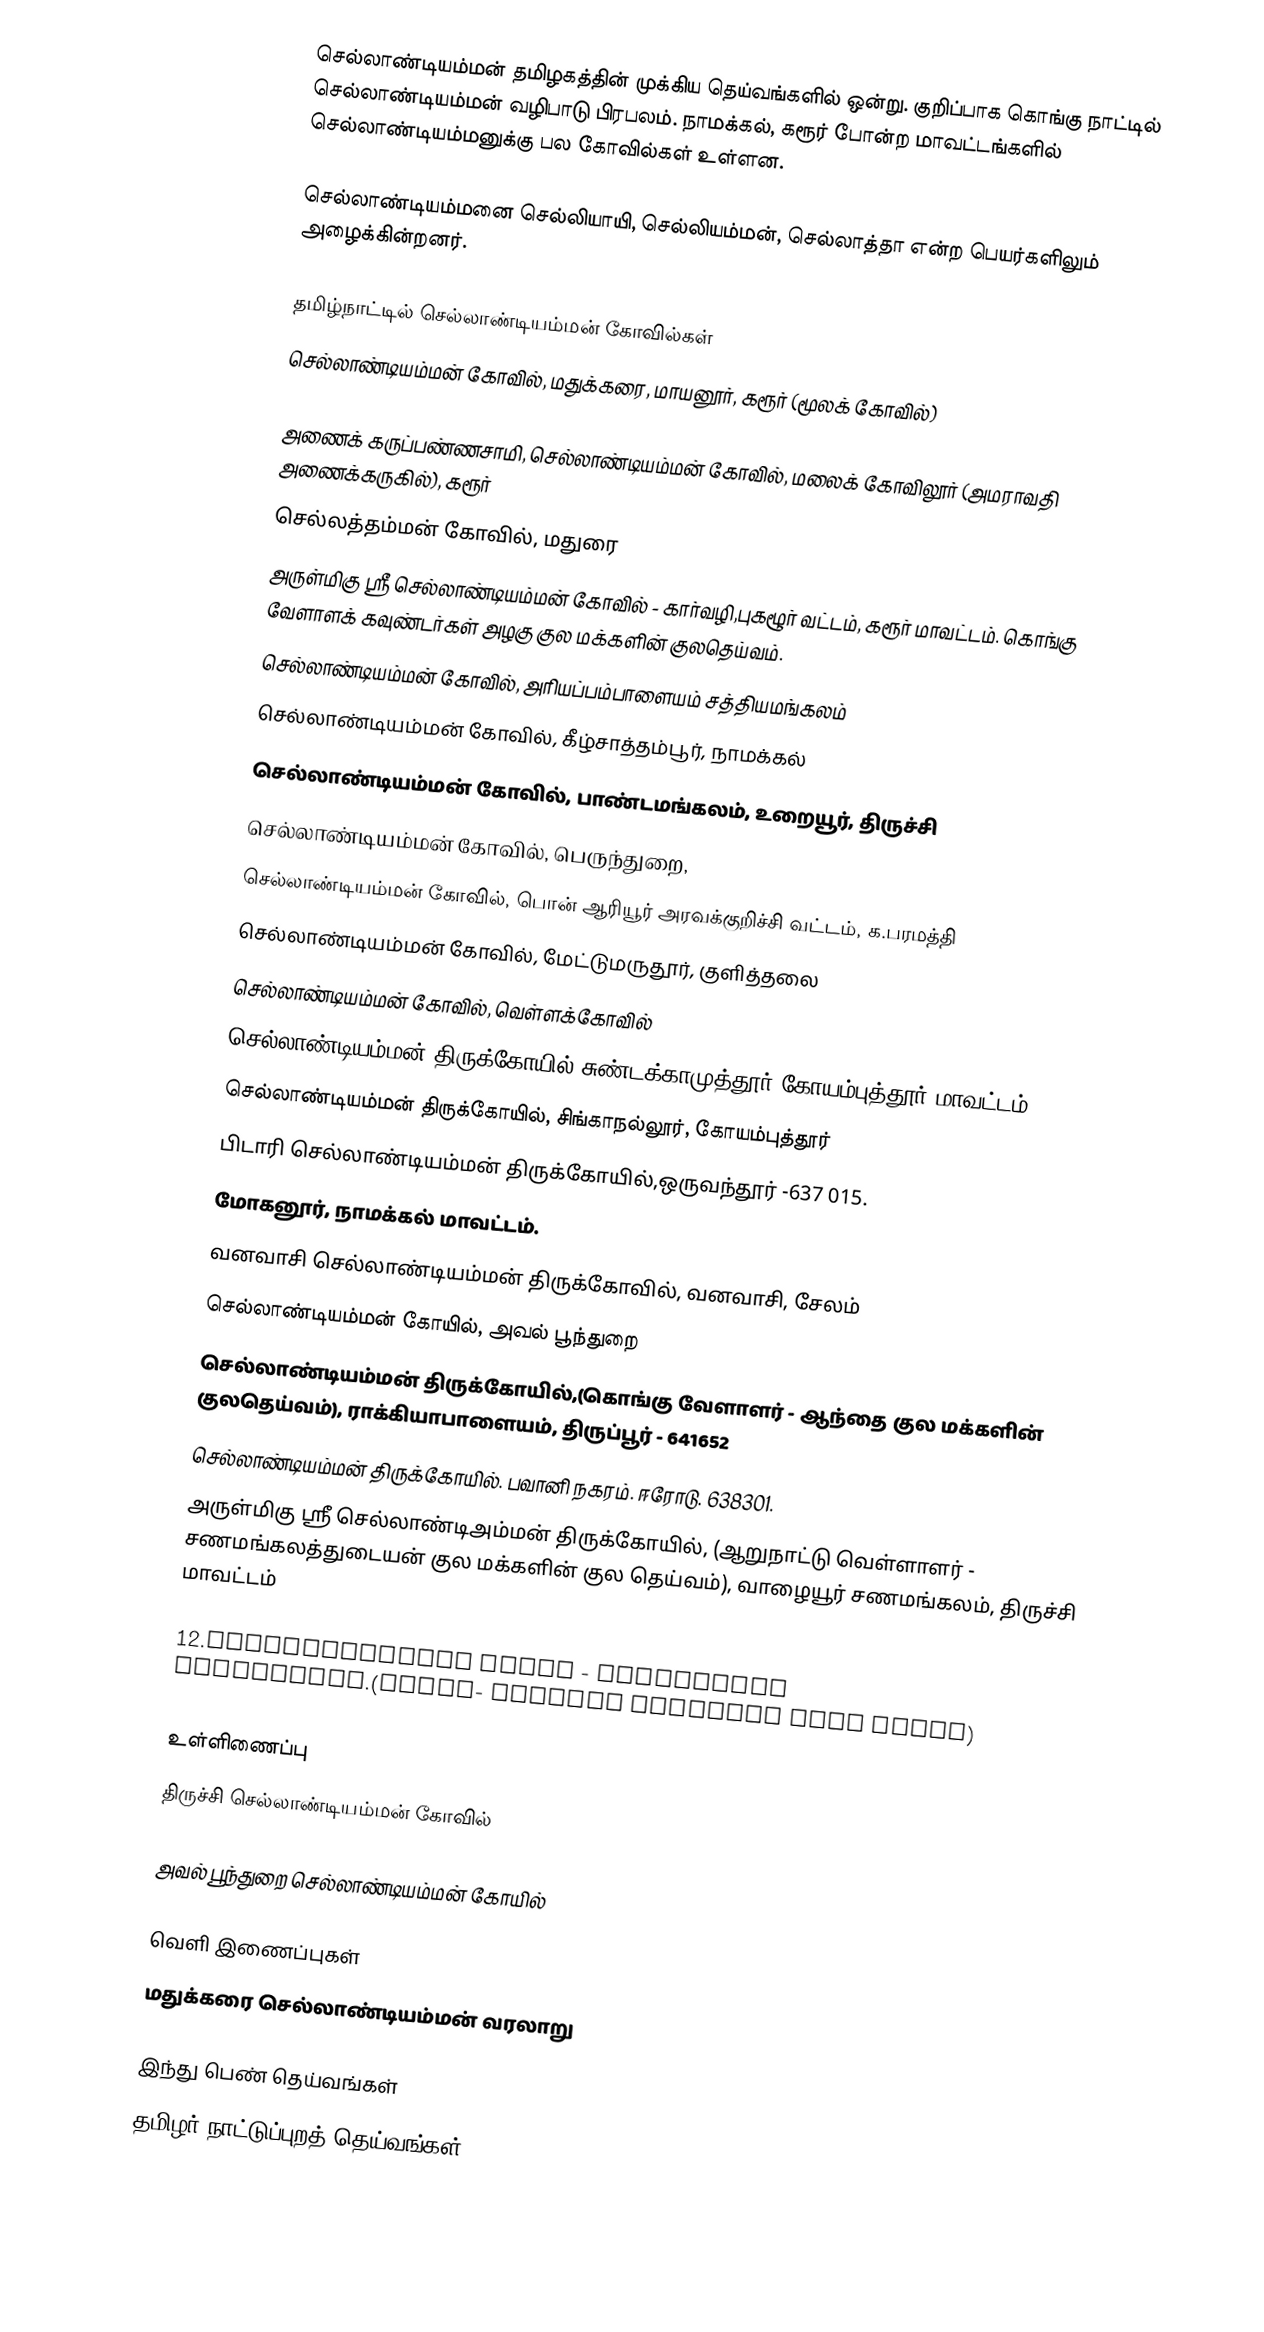
செல்லாண்டியம்மன் தமிழகத்தின் முக்கிய தெய்வங்களில் ஒன்று. குறிப்பாக கொங்கு நாட்டில் செல்லாண்டியம்மன் வழிபாடு பிரபலம். நாமக்கல், கரூர் போன்ற மாவட்டங்களில் செல்லாண்டியம்மனுக்கு பல கோவில்கள் உள்ளன.

செல்லாண்டியம்மனை செல்லியாயி, செல்லியம்மன், செல்லாத்தா என்ற பெயர்களிலும் அழைக்கின்றனர்.

தமிழ்நாட்டில் செல்லாண்டியம்மன் கோவில்கள்
செல்லாண்டியம்மன் கோவில், மதுக்கரை, மாயனூர், கரூர் (மூலக் கோவில்)

 அணைக் கருப்பண்ணசாமி, செல்லாண்டியம்மன் கோவில், மலைக் கோவிலூர் (அமராவதி அணைக்கருகில்), கரூர்
 செல்லத்தம்மன் கோவில், மதுரை
 அருள்மிகு ஸ்ரீ செல்லாண்டியம்மன் கோவில் - கார்வழி,புகழூர் வட்டம், கரூர் மாவட்டம். கொங்கு வேளாளக் கவுண்டர்கள் அழகு குல மக்களின் குலதெய்வம்.
 செல்லாண்டியம்மன் கோவில், அரியப்பம்பாளையம் சத்தியமங்கலம்
 செல்லாண்டியம்மன் கோவில், கீழ்சாத்தம்பூர், நாமக்கல்
 செல்லாண்டியம்மன் கோவில், பாண்டமங்கலம், உறையூர், திருச்சி
 செல்லாண்டியம்மன் கோவில், பெருந்துறை,
 செல்லாண்டியம்மன் கோவில், பொன் ஆரியூர் அரவக்குறிச்சி வட்டம், க.பரமத்தி
 செல்லாண்டியம்மன் கோவில், மேட்டுமருதூர், குளித்தலை
 செல்லாண்டியம்மன் கோவில், வெள்ளக்கோவில்
 செல்லாண்டியம்மன் திருக்கோயில் சுண்டக்காமுத்தூர் கோயம்புத்தூர் மாவட்டம்.
 செல்லாண்டியம்மன் திருக்கோயில், சிங்காநல்லூர், கோயம்புத்தூர்
 பிடாரி செல்லாண்டியம்மன் திருக்கோயில்,ஒருவந்தூர்  -637 015.
 மோகனூர், நாமக்கல் மாவட்டம்.
 வனவாசி செல்லாண்டியம்மன்  திருக்கோவில், வனவாசி, சேலம்
செல்லாண்டியம்மன் கோயில், அவல் பூந்துறை
 செல்லாண்டியம்மன் திருக்கோயில்,(கொங்கு வேளாளர் - ஆந்தை குல மக்களின் குலதெய்வம்), ராக்கியாபாளையம், திருப்பூர் - 641652
 செல்லாண்டியம்மன் திருக்கோயில். பவானி நகரம். ஈரோடு. 638301.
அருள்மிகு ஸ்ரீ செல்லாண்டிஅம்மன் திருக்கோயில், (ஆறுநாட்டு வெள்ளாளர் - சணமங்கலத்துடையன் குல மக்களின் குல தெய்வம்), வாழையூர் சணமங்கலம், திருச்சி மாவட்டம்

12.Sellandiyamman Kovil - Vellamadai Coimbatore.(Boyar- Vallapa kulathar Kula Kovil)

உள்ளிணைப்பு
திருச்சி செல்லாண்டியம்மன் கோவில் 

அவல் பூந்துறை செல்லாண்டியம்மன் கோயில்

வெளி இணைப்புகள்
மதுக்கரை செல்லாண்டியம்மன் வரலாறு

இந்து பெண் தெய்வங்கள்
தமிழர் நாட்டுப்புறத் தெய்வங்கள்